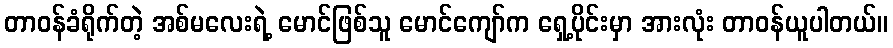
တာဝန်ခံရိုက်တဲ့ အစ်မလေးရဲ့ မောင်ဖြစ်သူ မောင်ကျော်က ရှေ့ပိုင်းမှာ အားလုံး တာဝန်ယူပါတယ်။